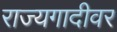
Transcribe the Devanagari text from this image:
राज्यगादीवर